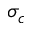
\sigma _ { c }